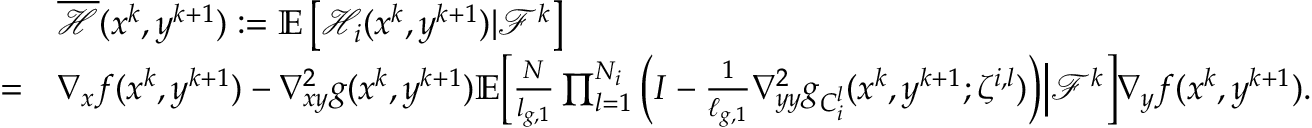
\begin{array} { r l } & { \overline { { \mathcal { H } } } ( x ^ { k } , y ^ { k + 1 } ) : = \mathbb { E } \left[ \mathcal { H } _ { i } ( x ^ { k } , y ^ { k + 1 } ) | \mathcal { F } ^ { k } \right] } \\ { = } & { \nabla _ { x } f ( x ^ { k } , y ^ { k + 1 } ) - \nabla _ { x y } ^ { 2 } g ( x ^ { k } , y ^ { k + 1 } ) \mathbb { E } \bigg [ \frac { N } { l _ { g , 1 } } \prod _ { l = 1 } ^ { N _ { i } } \Big ( I - \frac { 1 } { \ell _ { g , 1 } } \nabla _ { y y } ^ { 2 } g _ { C _ { i } ^ { l } } ( x ^ { k } , y ^ { k + 1 } ; \zeta ^ { i , l } ) \Big ) \Big | \mathcal { F } ^ { k } \bigg ] \nabla _ { y } f ( x ^ { k } , y ^ { k + 1 } ) . } \end{array}